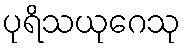
ပုရိသယုဂေသု